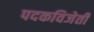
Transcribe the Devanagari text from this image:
पदकविजेती